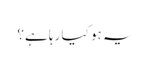
یہ ہو کیا رہا ہے؟